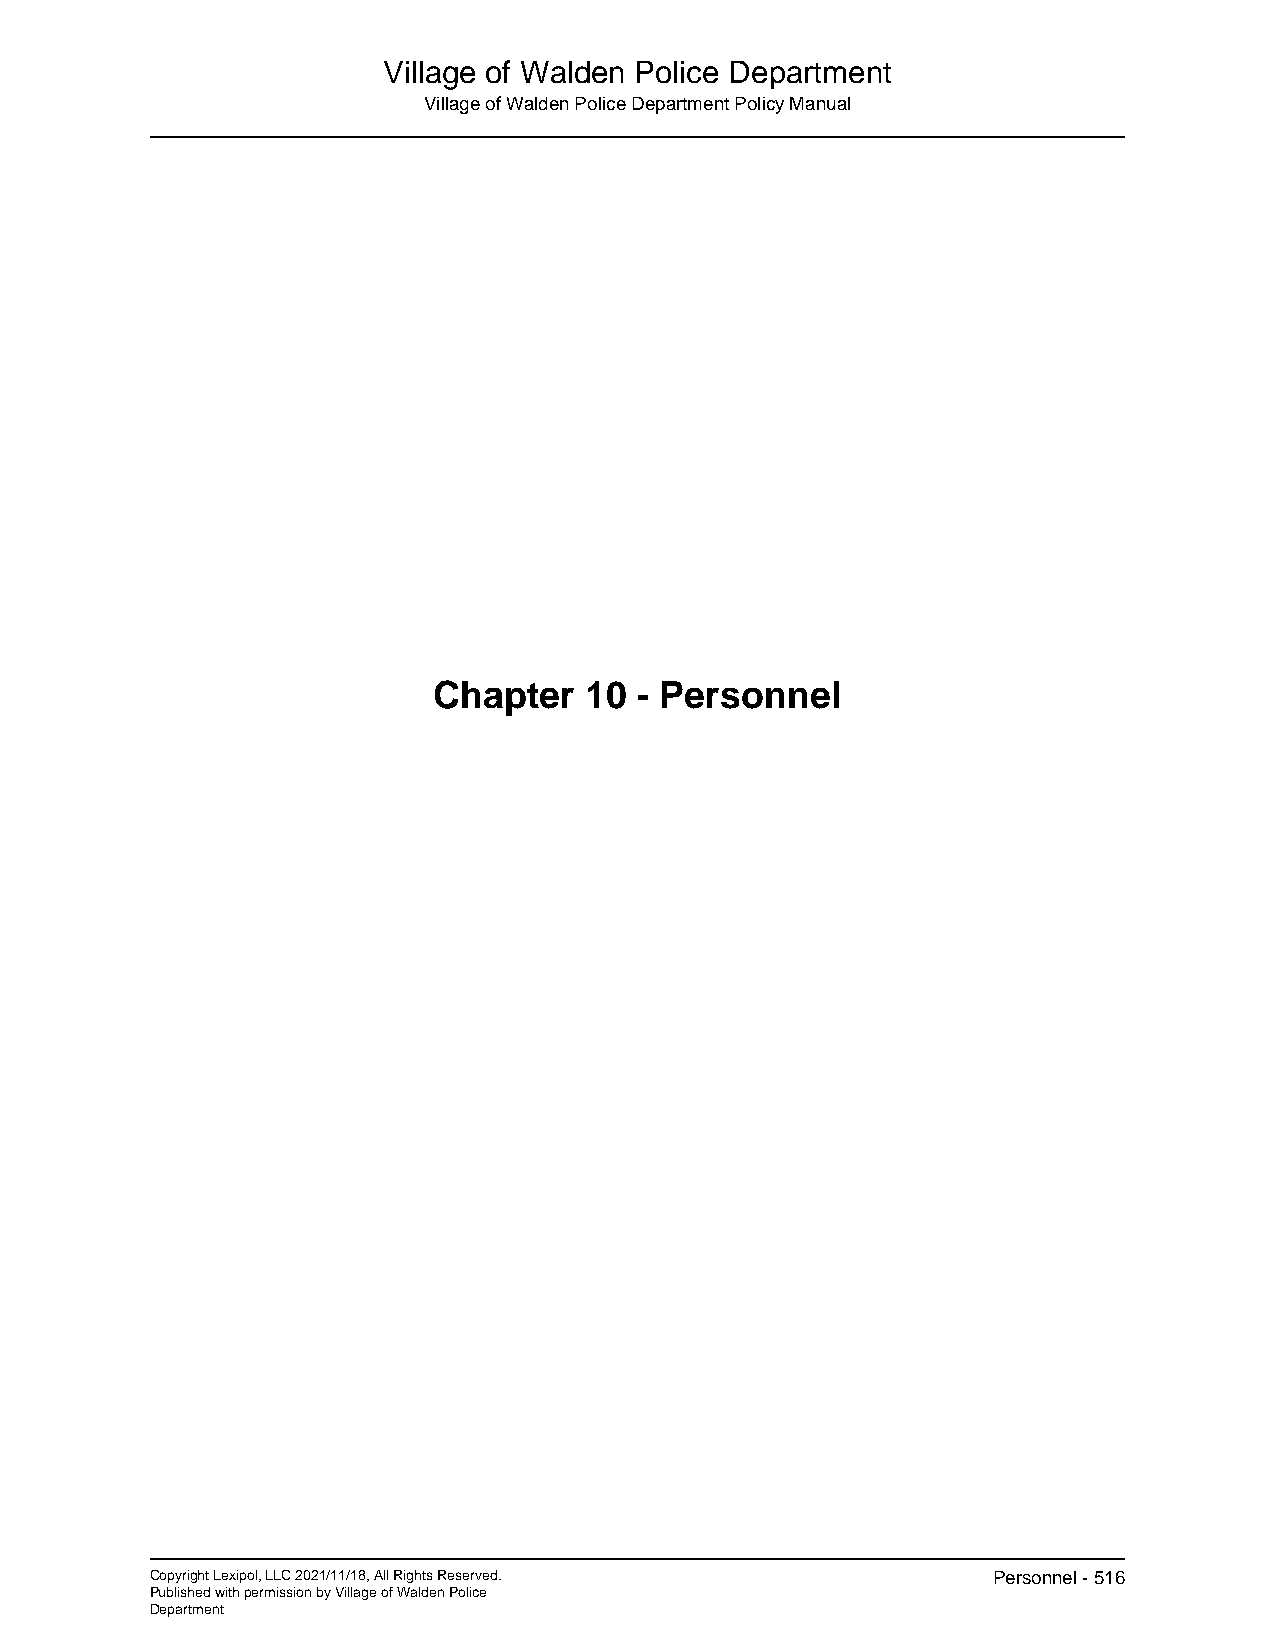
Village of Walden Police Department
 Village of Walden Police Department Policy Manual
 Chapter   10 - Personnel
 Copyright Lexipol, LLC 2021/11/18, All Rights Reserved. Personnel - 516
 Published with permission by Village of Walden Police
 Department